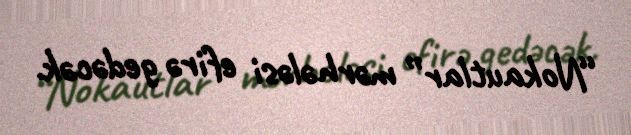
“Nokautlar” mərhələsi efirə gedəcək.